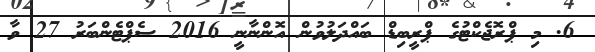
6. މި ޕްރޮޖެކްޓުގެ ޕްރީބިޑް ބައްދަލުވުން އޮންނާނީ 2016 ސެޕްޓެންބަރު 27 ވާ